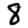
Digit: 8